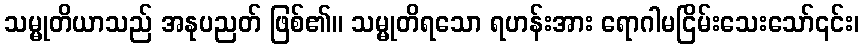
သမ္မုတိယာသည် အနုပညတ် ဖြစ်၏။ သမ္မုတိရသော ရဟန်းအား ရောဂါမငြိမ်းသေးသော်၎င်း၊